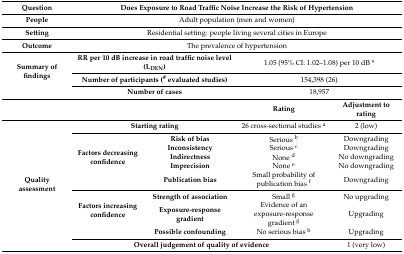
<table><thead><tr><td><b>Question</b></td><td colspan="4"><b>Does Exposure to Road Traffic Noise Increase the Risk of Hypertension</b></td></tr></thead><tbody><tr><td><b>People</b></td><td colspan="4">Adult population (men and women)</td></tr><tr><td><b>Setting</b></td><td colspan="4">Residential setting: people living several cities in Europe</td></tr><tr><td><b>Outcome</b></td><td colspan="4">The prevalence of hypertension</td></tr><tr><td rowspan="3"><b>Summary of findings</b></td><td colspan="2"><b>RR per 10 dB increase in road traffic noise level (L<sub>DEN</sub>)</b></td><td colspan="2">1.05 (95% CI: 1.02–1.08) per 10 dB *</td></tr><tr><td colspan="2"><b>Number of participants (<sup>#</sup> evaluated studies)</b></td><td colspan="2">154,398 (26)</td></tr><tr><td colspan="2"><b>Number of cases</b></td><td colspan="2">18,957</td></tr><tr><td colspan="3"></td><td><b>Rating</b></td><td><b>Adjustment to rating</b></td></tr><tr><td rowspan="10"><b>Quality assessment</b></td><td colspan="2"><b>Starting rating</b></td><td>26 cross-sectional studies <sup>a</sup></td><td>2 (low)</td></tr><tr><td rowspan="5"><b>Factors decreasing confidence</b></td><td><b>Risk of bias</b></td><td>Serious <sup>b</sup></td><td>Downgrading</td></tr><tr><td><b>Inconsistency</b></td><td>Serious <sup>c</sup></td><td>Downgrading</td></tr><tr><td><b>Indirectness</b></td><td>None <sup>d</sup></td><td>No downgrading</td></tr><tr><td><b>Imprecision</b></td><td>None <sup>e</sup></td><td>No downgrading</td></tr><tr><td><b>Publication bias</b></td><td>Small probability of publication bias <sup>f</sup></td><td>Downgrading</td></tr><tr><td rowspan="3"><b>Factors increasing confidence</b></td><td><b>Strength of association</b></td><td>Small <sup>g</sup></td><td>No upgrading</td></tr><tr><td><b>Exposure-response gradient</b></td><td>Evidence of an exposure-response gradient <sup>g</sup></td><td>Upgrading</td></tr><tr><td><b>Possible confounding</b></td><td>No serious bias <sup>h</sup></td><td>Upgrading</td></tr><tr><td colspan="3"><b>Overall judgement of quality of evidence</b></td><td>1 (very low)</td></tr></tbody></table>